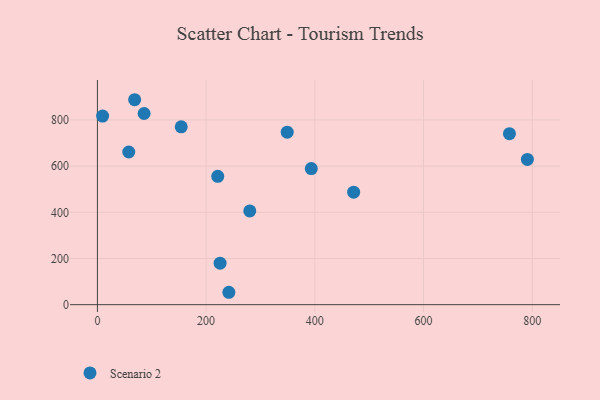
{"axis": {"x": "Experience", "y": "Exam Score"}, "legend": ["Scenario 2"], "data": [{"x": "349.2", "y": 747.0, "type": "Scenario 2"}, {"x": "221.4", "y": 555.7, "type": "Scenario 2"}, {"x": "85.9", "y": 827.9, "type": "Scenario 2"}, {"x": "758.0", "y": 740.6, "type": "Scenario 2"}, {"x": "791.0", "y": 628.9, "type": "Scenario 2"}, {"x": "9.6", "y": 816.8, "type": "Scenario 2"}, {"x": "393.5", "y": 589.4, "type": "Scenario 2"}, {"x": "280.3", "y": 406.0, "type": "Scenario 2"}, {"x": "471.4", "y": 487.3, "type": "Scenario 2"}, {"x": "154.2", "y": 770.3, "type": "Scenario 2"}, {"x": "241.8", "y": 53.7, "type": "Scenario 2"}, {"x": "68.5", "y": 887.6, "type": "Scenario 2"}, {"x": "57.7", "y": 661.1, "type": "Scenario 2"}, {"x": "225.7", "y": 179.8, "type": "Scenario 2"}]}